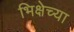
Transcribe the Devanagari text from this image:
भिक्षेच्या